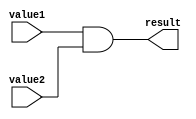
module andOp(value1, value2, result);

input [31:0] value1;
input [31:0] value2;
output [31:0] result;

assign result = value1 & value2;

endmodule